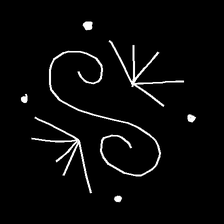
Glyph: aeroform